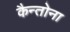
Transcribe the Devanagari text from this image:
कैन्तोना